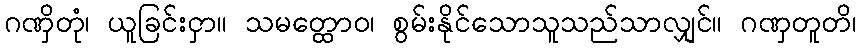
ဂဏှိတုံ၊ ယူခြင်းငှာ။ သမတ္ထောဝ၊ စွမ်းနိုင်သောသူသည်သာလျှင်။ ဂဏှတူတိ၊